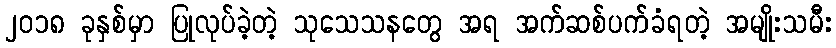
၂၀၁၈ ခုနှစ်မှာ ပြုလုပ်ခဲ့တဲ့ သုသေသနတွေ အရ အက်ဆစ်ပက်ခံရတဲ့ အမျိုးသမီး